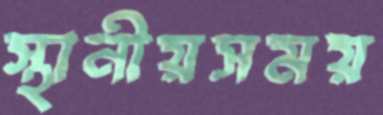
স্থানীয়সময়